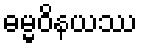
ဓမ္မဝိနယဿ